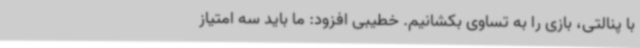
با پنالتی، بازی را به تساوی بکشانیم. خطیبی افزود: ما باید سه امتیاز